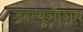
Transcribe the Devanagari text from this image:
डबल्यूओआर